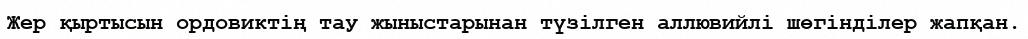
Жер қыртысын ордовиктің тау жыныстарынан түзілген аллювийлі шөгінділер жапқан.